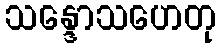
သန္ဒောသဟေတု